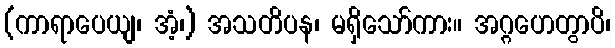
(ကာရာပေယျ၊ အံ့၊) အသတိပန၊ မရှိသော်ကား။ အဂ္ဂဟေတွာပိ၊